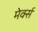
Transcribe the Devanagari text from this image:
मेर्क्स